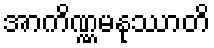
အာကိဏ္ဏမနုဿာတိ